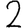
Digit: 2